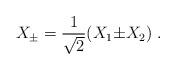
LaTeX: \begin{align*} X_{\pm} ={1\over \sqrt{2}}(X_1 {\pm} X_2)~.\end{align*}